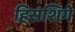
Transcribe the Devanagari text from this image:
हिसशिगे